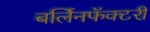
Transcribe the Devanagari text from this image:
बर्लिनफॅक्टरी